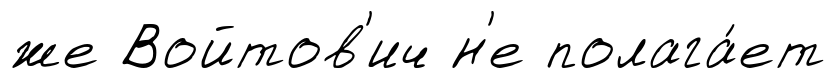
же Войтов'ич н'е полага́ет